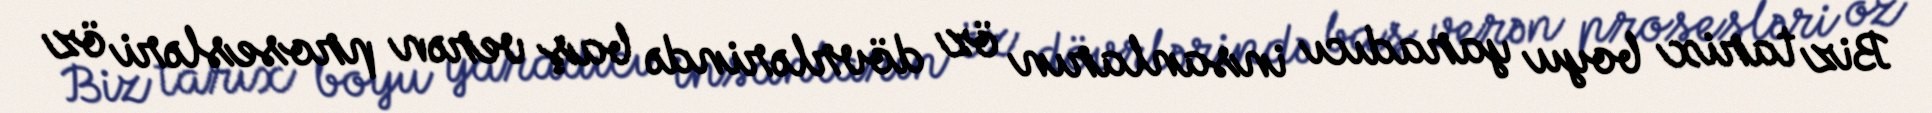
Biz tarix boyu yaradıcı insanların öz dövrlərində baş verən prosesləri öz